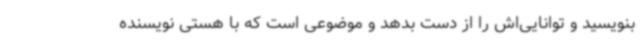
بنویسید و توانایی‌اش را از دست بدهد و موضوعی است که با هستی نویسنده